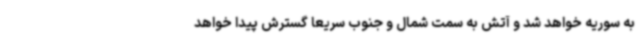
به سوریه خواهد شد و آتش به سمت شمال و جنوب سریعا گسترش پیدا خواهد